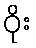
ဝိုး